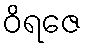
ဝိရဇေ